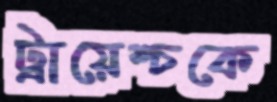
ট্রায়েশ্চকে